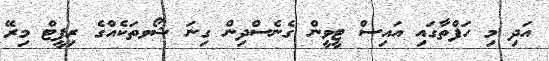
އަދި މި ހަފްތާގައި އައިސް ޓީވީން ގެނެސްދިން ގިނަ ޝޯވތަކެއްގެ ރިޕީޓް މިރޭ